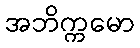
အဘိက္ကမော